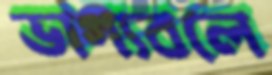
ভাগ্যবলে